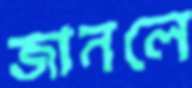
জানলে